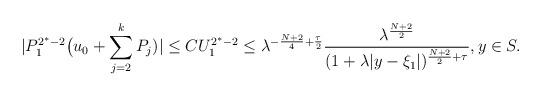
LaTeX: \begin{align*}|P_1^{2^*-2} \bigl( u_0 +\sum_{j=2}^k P_j)|\le C U_1^{2^*-2}\le\lambda^{ -\frac {N+2}4+\frac\tau2 } \frac{\lambda^{\frac{N+2}2}}{ (1+ \lambda|y-\xi_1|)^{\frac{N+2}2+\tau}},y\in S.\end{align*}